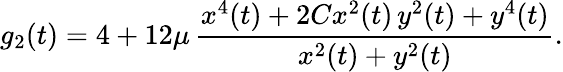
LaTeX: g_{2}(t)=4+12\mu\, \frac{x^{4}(t)+2Cx^{2}(t)\, y^{2}(t)+y^{4}(t)}{x^{2}(t)+y^{2}(t)}.